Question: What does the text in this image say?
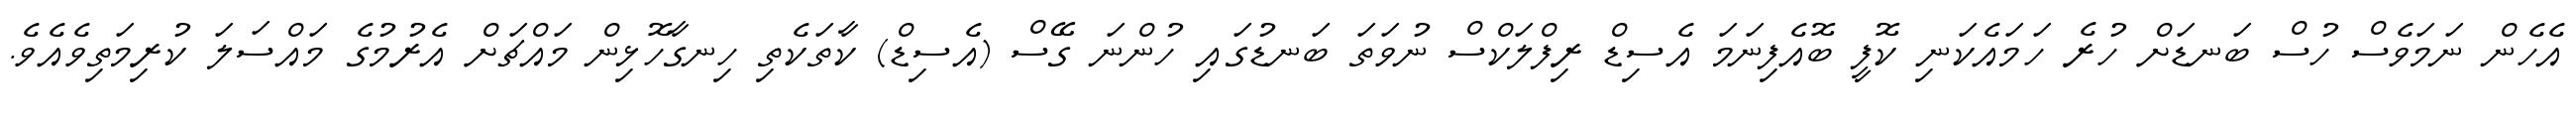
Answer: އެހެން ނަމަވެސް ހުސް ބަނޑަށް ހުރެ ހަމައެކަނި ކޮފީ ބޮއެފިނަމަ އެސިޑް ރިފްލަކްސް ނުވަތަ ބަނޑުގައި ހުންނަ ގޭސް (އެސިޑް) ކާތަކެތި ހިނގާހޮޅިން މައްޗަށް އެރުމުގެ މައްސަލަ ކުރިމަތިވެއެވެ.